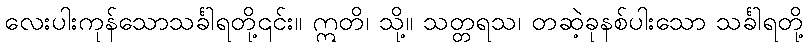
လေးပါးကုန်သောသင်္ခါရတို့၎င်း။ ဣတိ၊ သို့။ သတ္တရသ၊ တဆဲ့ခုနစ်ပါးသော သင်္ခါရတို့